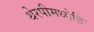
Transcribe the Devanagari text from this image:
थेरपीमध्येहि